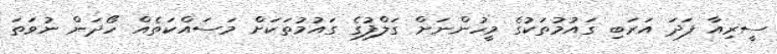
ސީރިއާ ފަދަ އަރަބި ގައުމުތަކުގެ މީހުންނަށް ގަލްފުގެ ގައުމުތަކަށް މަސައްކަތެއް ހޯދަން ނުވަތަ